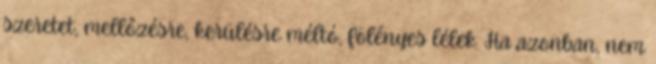
szeretet, mellőzésre, kerülésre méltó, fölényes lélek. Ha azonban, nem